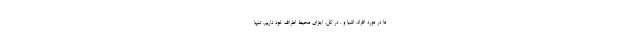
ما در مورد افراد، اشیا و ، در کل، اجزای محیط اطراف خود داریم. تنها